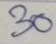
30